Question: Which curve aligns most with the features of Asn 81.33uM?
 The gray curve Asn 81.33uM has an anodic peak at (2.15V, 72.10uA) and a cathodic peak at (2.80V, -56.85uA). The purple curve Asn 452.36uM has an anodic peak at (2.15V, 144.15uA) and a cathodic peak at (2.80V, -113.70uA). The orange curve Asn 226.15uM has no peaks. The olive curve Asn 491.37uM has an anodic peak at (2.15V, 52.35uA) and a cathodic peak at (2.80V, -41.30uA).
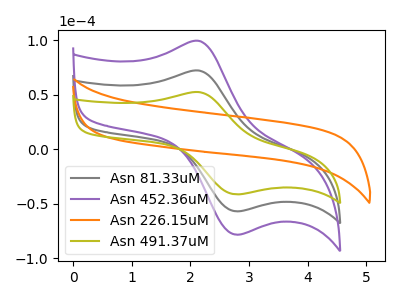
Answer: <think>All the peaks in "Asn 81.33uM" have a peak in "Asn 452.36uM" at the same potential. Every peak in "Asn 81.33uM" is lower than every peak in "Asn 452.36uM". "Asn 81.33uM" and "Asn 226.15uM" have a different number of peaks. All the peaks in "Asn 81.33uM" have a peak in "Asn 491.37uM" at the same potential. Every peak in "Asn 81.33uM" is higher than every peak in "Asn 491.37uM". "Asn 452.36uM" and "Asn 226.15uM" have a different number of peaks. All the peaks in "Asn 452.36uM" have a peak in "Asn 491.37uM" at the same potential. Every peak in "Asn 452.36uM" is higher than every peak in "Asn 491.37uM". "Asn 226.15uM" and "Asn 491.37uM" have a different number of peaks.
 </think>
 <answer>"Asn 81.33uM" and "Asn 452.36uM" have a similar shape to "Asn 491.37uM".</answer>
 <eval>"Asn 81.33uM" "Asn 452.36uM"</eval>